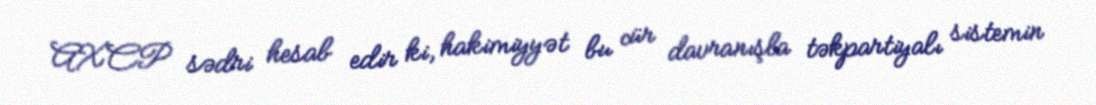
AXCP sədri hesab edir ki, hakimiyyət bu cür davranışla təkpartiyalı sistemin